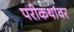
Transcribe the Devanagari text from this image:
परीकथांवर